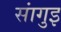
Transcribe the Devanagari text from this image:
सांगुइ